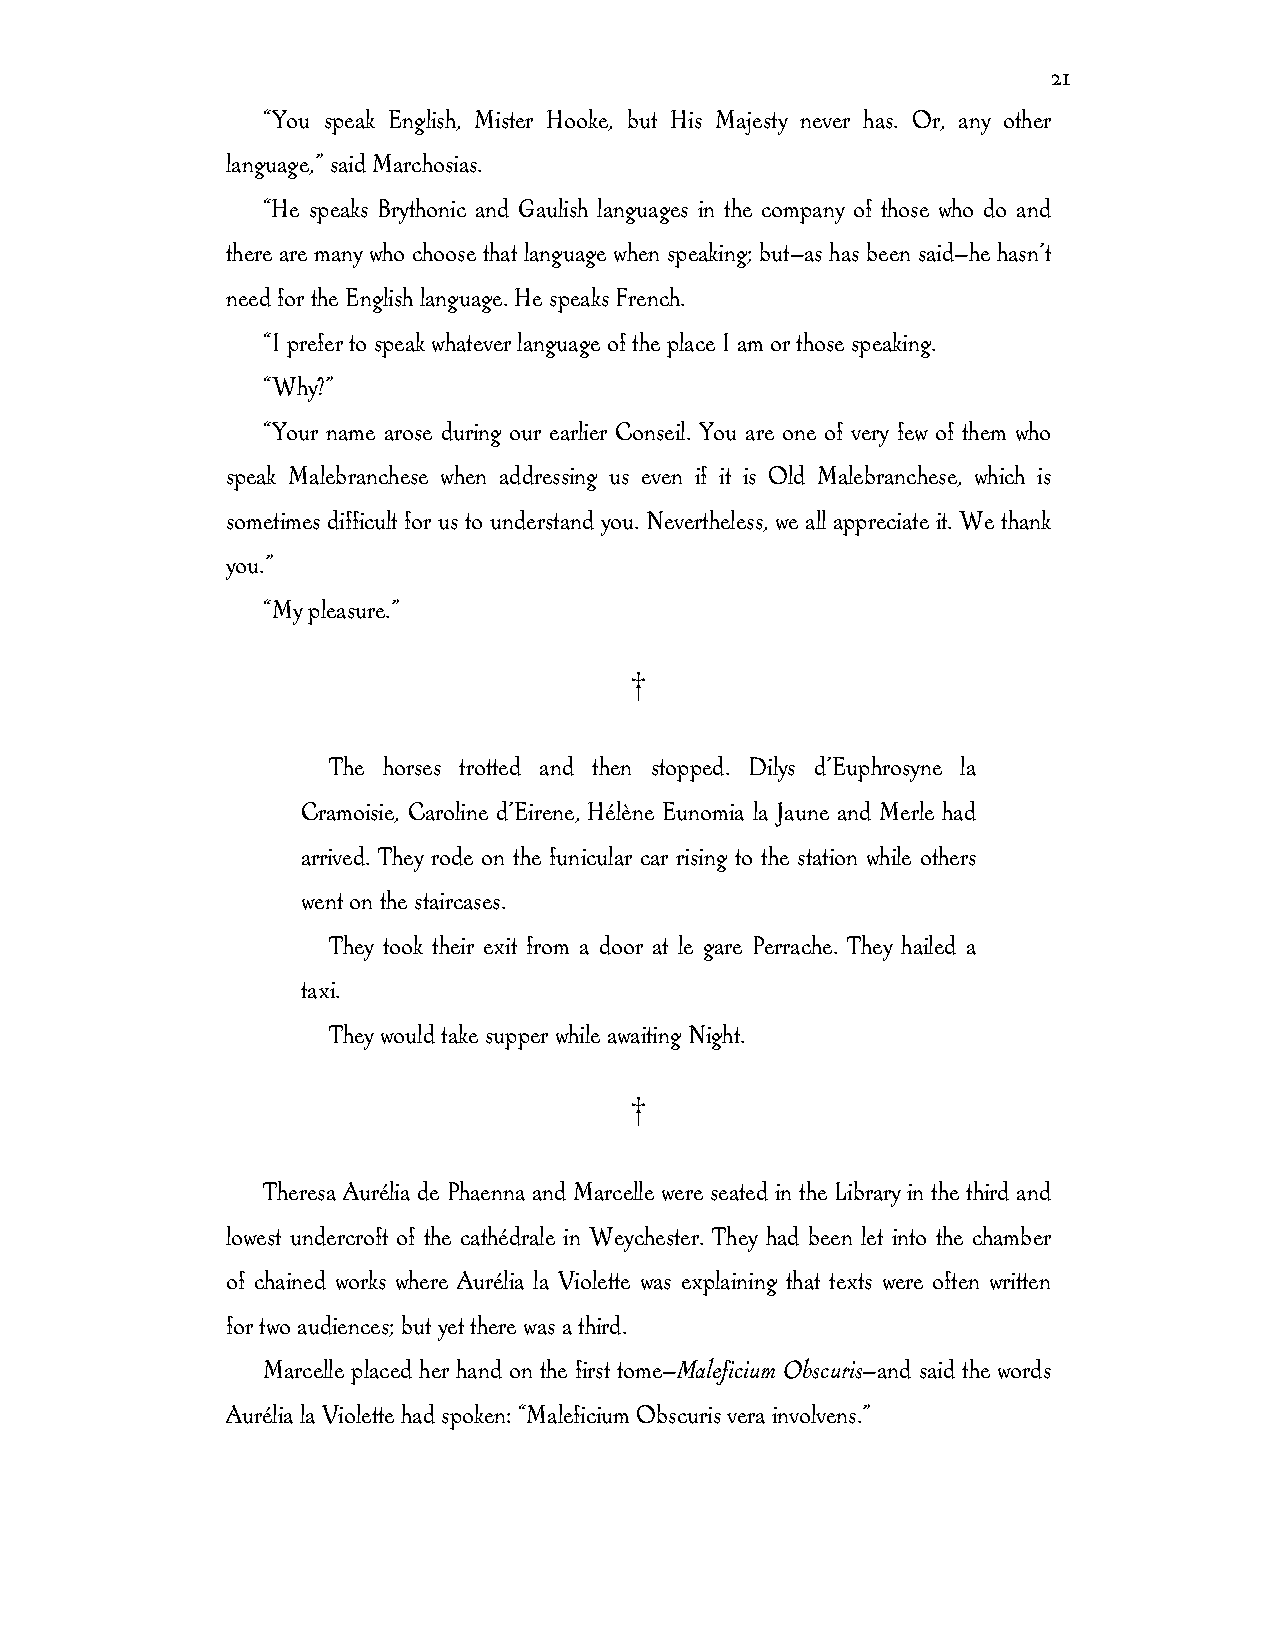
21
 “You speak English, Mister Hooke, but His Majesty never has. Or, any other
 language,” said Marchosias.
 “He speaks Brythonic and Gaulish languages in the company of those who do and
 there are many who choose that language when speaking; but—as has been said—he hasn’t
 need for the English language. He speaks French.
 “I prefer to speak whatever language of the place I am or those speaking.
 “Why?”
 “Your name arose during our earlier Conseil. You are one of very few of them who
 speak Malebranchese when addressing us even if it is Old Malebranchese, which is
 sometimes difficult for us to understand you. Nevertheless, we all appreciate it. We thank
 you.”
 “My pleasure.”
 †
 The horses trotted and then stopped. Dilys d’Euphrosyne la
 Cramoisie, Caroline d’Eirene, Hélène Eunomia la Jaune and Merle had
 arrived. They rode on the funicular car rising to the station while others
 went on the staircases.
 They took their exit from a door at le gare Perrache. They hailed a
 taxi.
 They would take supper while awaiting Night.
 †
 Theresa Aurélia de Phaenna and Marcelle were seated in the Library in the third and
 lowest undercroft of the cathédrale in Weychester. They had been let into the chamber
 of chained works where Aurélia la Violette was explaining that texts were often written
 for two audiences; but yet there was a third.
 Marcelle placed her hand on the first tome—Maleficium Obscuris—and said the words
 Aurélia la Violette had spoken: “Maleficium Obscuris vera involvens.”